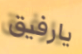
يارفيق